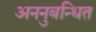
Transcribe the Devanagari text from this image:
अननुबन्धित